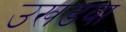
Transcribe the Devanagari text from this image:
उखडवा